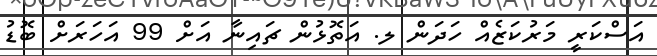
އަސްކަރީ މަރުކަޒެއް ހަދަން ލ. އަތޮޅުން ޗައިނާ އަށް 99 އަހަރަށް ބޮޑު